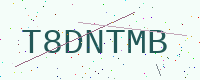
Text: T8DNTMB